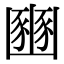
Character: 豳